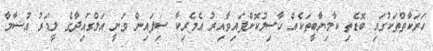
ހަރަކާތްތަކުގައި ބޮޑެތި ކާމިޔާބީތަކެއް ހާސިލުކޮށްފައިވާއިރު އެމެރިކާ ސިފައިން ވަނީ އަލްގައިދާގެ ލީޑަރު އުސާމާ